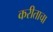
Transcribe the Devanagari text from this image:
करीताचा